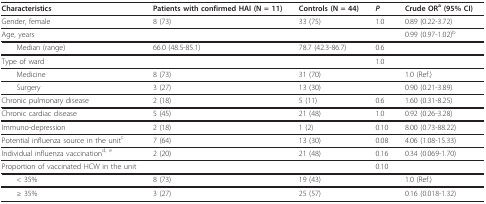
<table><thead><tr><td><b>Characteristics</b></td><td><b>Patients with confirmed HAI (N = 11)</b></td><td><b>Controls (N = 44)</b></td><td><b><i>P</i></b></td><td><b>Crude OR<sup>a </sup>(95% CI)</b></td></tr></thead><tbody><tr><td>Gender, female</td><td>8 (73)</td><td>33 (75)</td><td>1.0</td><td>0.89 (0.22-3.72)</td></tr><tr><td>Age, years</td><td>[EMPTY_CELL]</td><td>[EMPTY_CELL]</td><td>[EMPTY_CELL]</td><td>0.99 (0.97-1.02)<sup>b</sup></td></tr><tr><td> Median (range)</td><td>66.0 (48.5-85.1)</td><td>78.7 (42.3-86.7)</td><td>0.6</td><td>[EMPTY_CELL]</td></tr><tr><td>Type of ward</td><td>[EMPTY_CELL]</td><td>[EMPTY_CELL]</td><td>1.0</td><td>[EMPTY_CELL]</td></tr><tr><td> Medicine</td><td>8 (73)</td><td>31 (70)</td><td>[EMPTY_CELL]</td><td>1.0 (Ref.)</td></tr><tr><td> Surgery</td><td>3 (27)</td><td>13 (30)</td><td>[EMPTY_CELL]</td><td>0.90 (0.21-3.89)</td></tr><tr><td>Chronic pulmonary disease</td><td>2 (18)</td><td>5 (11)</td><td>0.6</td><td>1.60 (0.31-8.25)</td></tr><tr><td>Chronic cardiac disease</td><td>5 (45)</td><td>21 (48)</td><td>1.0</td><td>0.92 (0.26-3.28)</td></tr><tr><td>Immuno-depression</td><td>2 (18)</td><td>1 (2)</td><td>0.10</td><td>8.00 (0.73-88.22)</td></tr><tr><td>Potential influenza source in the unit<sup>c</sup></td><td>7 (64)</td><td>13 (30)</td><td>0.08</td><td>4.06 (1.08-15.33)</td></tr><tr><td>Individual influenza vaccination<sup>d, e</sup></td><td>2 (20)</td><td>21 (48)</td><td>0.16</td><td>0.34 (0.069-1.70)</td></tr><tr><td>Proportion of vaccinated HCW in the unit</td><td>[EMPTY_CELL]</td><td>[EMPTY_CELL]</td><td>0.10</td><td>[EMPTY_CELL]</td></tr><tr><td> &lt; 35%</td><td>8 (73)</td><td>19 (43)</td><td>[EMPTY_CELL]</td><td>1.0 (Ref.)</td></tr><tr><td> ≥ 35%</td><td>3 (27)</td><td>25 (57)</td><td>[EMPTY_CELL]</td><td>0.16 (0.018-1.32)</td></tr></tbody></table>